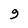
Character: 9